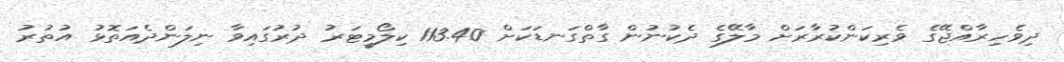
ދިވެހިރާއްޖޭގެ ވެރިކަންކުރާރަށް މާލޭގެ ދެކުނުން ގާތްގަނޑަކަށް 113.40 ކިލޯމީޓަރު ދުރުގައިވާ ނިލަންދެއަތޮޅު އުތުރު